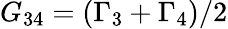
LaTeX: {G_{34}}=({\Gamma_{3}}+{\Gamma_{4}})/2